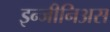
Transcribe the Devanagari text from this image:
इन्जीनिअस